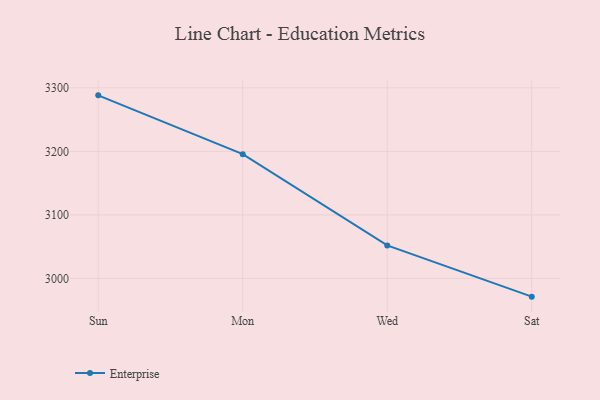
{"axis": {"x": "Day", "y": "Budget (USD K)"}, "legend": ["Enterprise"], "data": [{"x": "Sun", "y": 3288.2, "type": "Enterprise"}, {"x": "Mon", "y": 3195.6, "type": "Enterprise"}, {"x": "Wed", "y": 3051.9, "type": "Enterprise"}, {"x": "Sat", "y": 2971.3, "type": "Enterprise"}]}